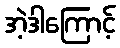
အဲ့ဒါကြောင့်